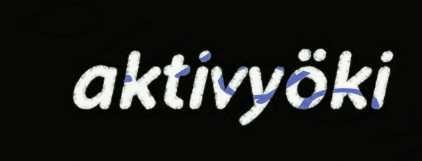
aktivyöki